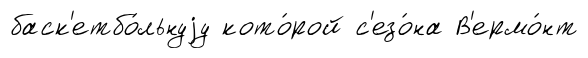
баск'етбо́льнуjу кото́рой с'езо́на В'ермо́нт